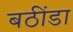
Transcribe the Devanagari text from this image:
बठींडा